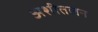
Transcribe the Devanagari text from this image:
अशीतलन